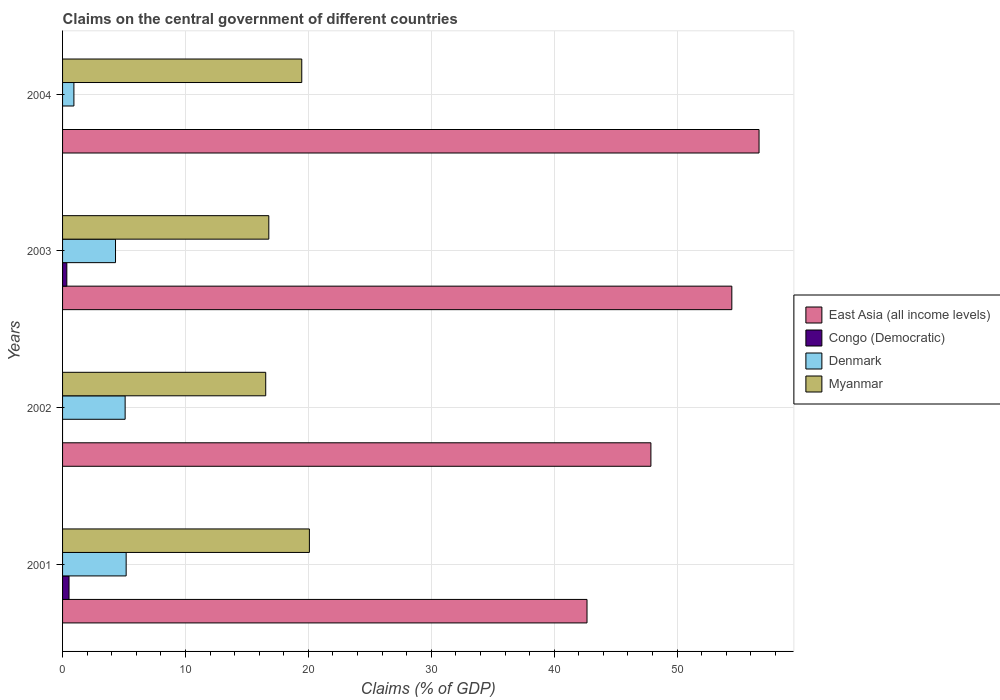
| Years | East Asia (all income levels) | Congo (Democratic) | Denmark | Myanmar |
 | --- | --- | --- | --- | --- |
 | 2001 | 42.7 | 0.526 | 5.17 | 20.1 |
 | 2002 | 47.9 | -0.312 | 5.09 | 16.5 |
 | 2003 | 54.5 | 0.346 | 4.31 | 16.8 |
 | 2004 | 56.7 | -0.334 | 0.923 | 19.5 |